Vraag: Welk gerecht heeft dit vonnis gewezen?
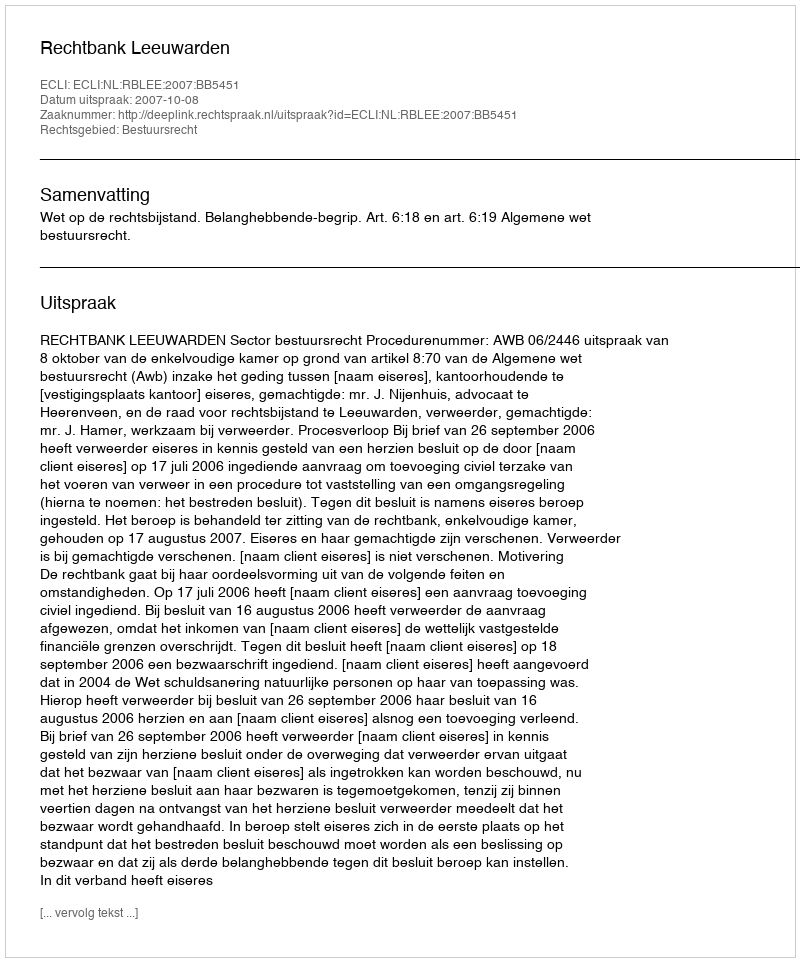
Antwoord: Rechtbank Leeuwarden